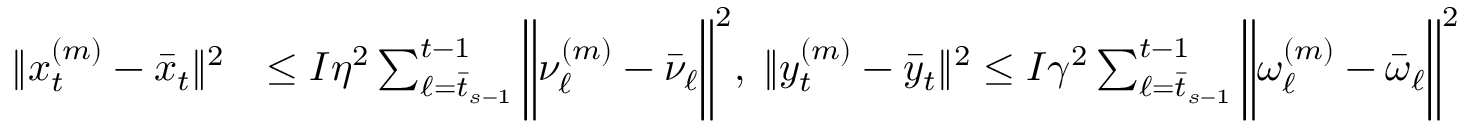
\begin{array} { r l } { \| x _ { t } ^ { ( m ) } - \bar { x } _ { t } \| ^ { 2 } } & { \leq I \eta ^ { 2 } \sum _ { \ell = \bar { t } _ { s - 1 } } ^ { t - 1 } \bigg \| \nu _ { \ell } ^ { ( m ) } - \bar { \nu } _ { \ell } \bigg \| ^ { 2 } , \; \| y _ { t } ^ { ( m ) } - \bar { y } _ { t } \| ^ { 2 } \leq I \gamma ^ { 2 } \sum _ { \ell = \bar { t } _ { s - 1 } } ^ { t - 1 } \bigg \| \omega _ { \ell } ^ { ( m ) } - \bar { \omega } _ { \ell } \bigg \| ^ { 2 } } \end{array}